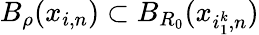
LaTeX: B_{\rho}(x_{i,n})\subset B_{R_{0}}(x_{i_{1}^{k},n})